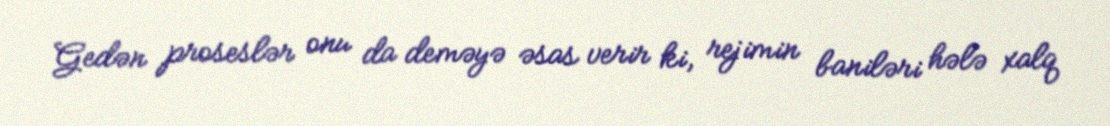
Gedən proseslər onu da deməyə əsas verir ki, rejimin baniləri hələ xalq